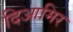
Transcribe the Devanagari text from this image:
दिआमिर